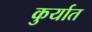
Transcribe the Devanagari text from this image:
कुर्यात